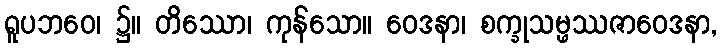
ရူပဘဝေ၊ ၌။ တိဿော၊ ကုန်သော။ ဝေဒနာ၊ စက္ခုသမ္ဖဿဇာဝေဒနာ,